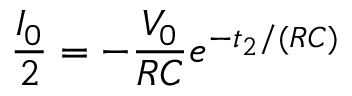
\frac { I _ { 0 } } { 2 } = - \frac { V _ { 0 } } { R C } e ^ { - t _ { 2 } / ( R C ) }